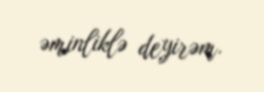
əminliklə deyirəm.